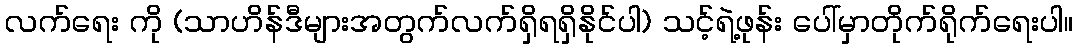
လက်ရေး ကို (သာဟိန်ဒီများအတွက်လက်ရှိရရှိနိုင်ပါ) သင့်ရဲ့ဖုန်း ပေါ်မှာတိုက်ရိုက်ရေးပါ။